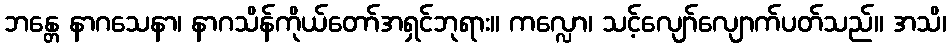
ဘန္တေ နာဂသေနာ၊ နာဂသိန်ကိုယ်တော်အရှင်ဘုရား။ ကလ္လော၊ သင့်လျော်လျောက်ပတ်သည်။ အသိ၊